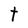
Character: t